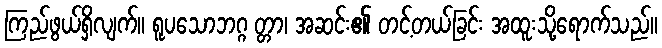
ကြည်ဖွယ်ရှိလျက်။ ရူပသောဘဂ္ဂ တ္တာ၊ အဆင်း၏ တင့်တယ်ခြင်း အထူးသို့ရောက်သည်။